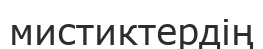
мистиктердің